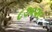
૮૭૬૨૯